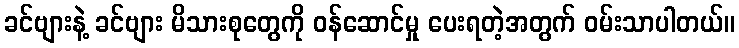
ခင်ဗျားနဲ့ ခင်ဗျား မိသားစုတွေကို ဝန်ဆောင်မှု ပေးရတဲ့အတွက် ဝမ်းသာပါတယ်။